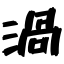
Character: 渦